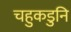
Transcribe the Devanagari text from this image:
चहुकडुनि